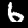
Label: 6